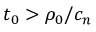
t _ { 0 } > \rho _ { 0 } / c _ { n }